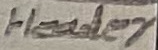
Text: Header